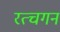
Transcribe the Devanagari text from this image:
रत्चगन